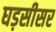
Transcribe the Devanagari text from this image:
घड़सीसर